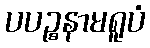
ပပဉ္စနာမရူပံ